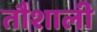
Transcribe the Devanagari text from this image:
तौशाली